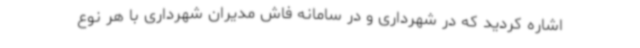
اشاره کردید که در شهرداری و در سامانه فاش مدیران شهرداری با هر نوع